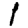
Digit: 1